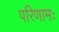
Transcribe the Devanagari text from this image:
परिणामः